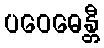
ပဝေဓေန္တီ